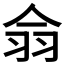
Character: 𦏾